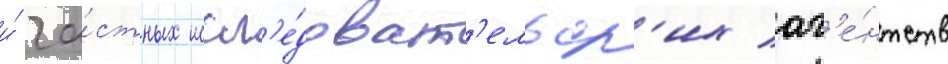
и́ ча́стных иссл'е́доват'ельск'их аг'е́нтств